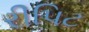
રીપિટ